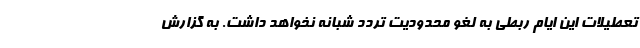
تعطیلات این ایام ربطی به لغو محدودیت تردد شبانه نخواهد داشت. به گزارش